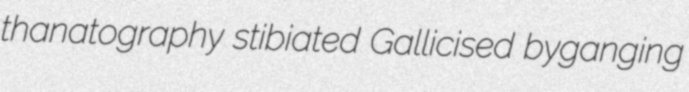
thanatography stibiated Gallicised byganging